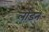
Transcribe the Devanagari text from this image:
लोडन